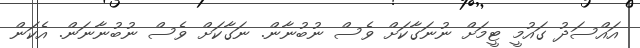
އައްސަދު ގައުމީ ޓީމަށް ނުނަގާކަށް ވެސް ނުބުނާން. ނަގާކަށް ވެސް ނުބުނާނަން. އެކަން